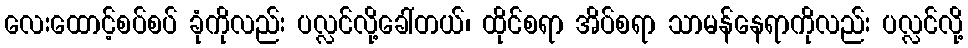
လေးထောင့်စပ်စပ် ခုံကိုလည်း ပလ္လင်လို့ခေါ်တယ်၊ ထိုင်စရာ အိပ်စရာ သာမန်နေရာကိုလည်း ပလ္လင်လို့